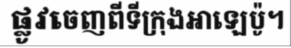
ផ្លូវចេញពីទីក្រុងអាឡេប៉ូ។